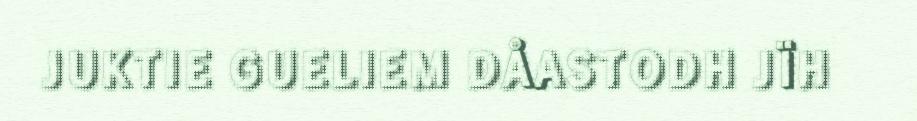
JUKTIE GUELIEM DÅASTODH JÏH